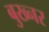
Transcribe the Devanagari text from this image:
बुख्नर